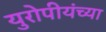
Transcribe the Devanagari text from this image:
युरोपीयंच्या